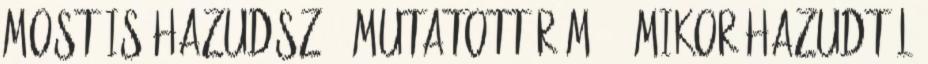
Most is hazudsz - mutatott rám. - Mikor hazudtál